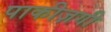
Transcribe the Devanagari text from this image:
पाकीज़गी